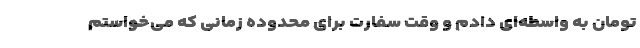
تومان به واسطه‌ای دادم و وقت سفارت برای محدوده زمانی که می‌خواستم